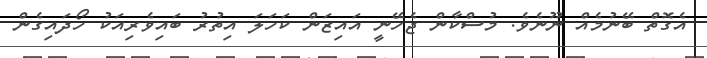
އެގޮތް ބޭނުމެއް ނޫނެވެ. މުސްކާން ޖެހޭނީ އައިޒަން ކަހަލަ އިތުރު ބައިވެރިއަކު ހޯދައިގެން